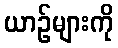
ယာဉ်များကို